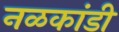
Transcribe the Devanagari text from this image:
नळकांडी